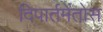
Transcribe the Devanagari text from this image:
दिपार्तमेंतोस